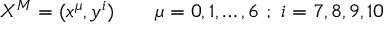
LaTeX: X ^ { M } = ( x ^ { \mu } , y ^ { i } ) \qquad \mu = 0 , 1 , \ldots , 6 \ ; \ i = 7 , 8 , 9 , 1 0